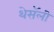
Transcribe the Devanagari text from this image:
थेसॅली